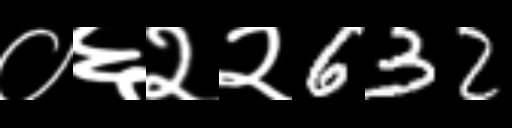
Text: ०६२२632